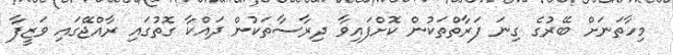
މިހާތަނަށް ބޭރުގެ ގިނަ ފަރާތްތަކުން ކޮށްފައިވާ ދިރާސާތަކުން ދައްކާ ގޮތުގައި ރާއްޖޭގައި ވަޒީފާ